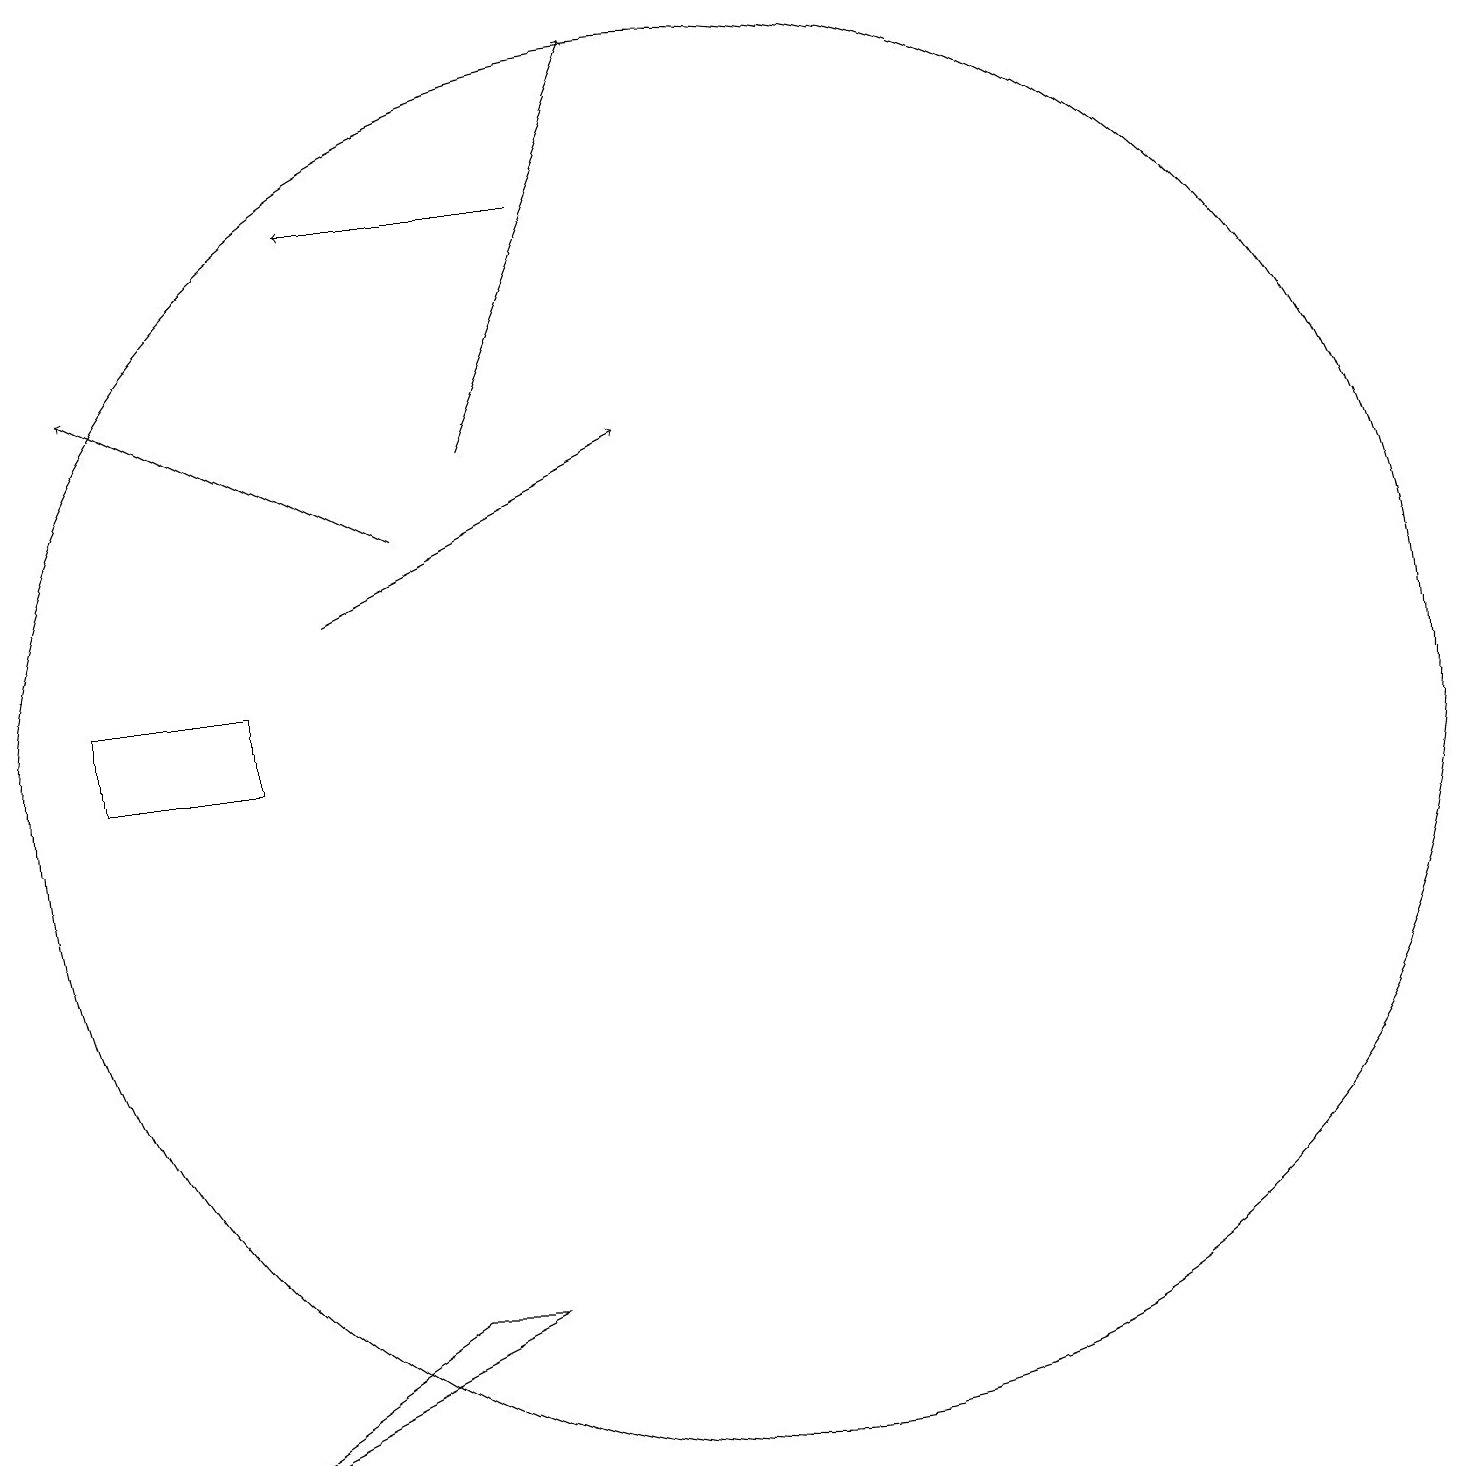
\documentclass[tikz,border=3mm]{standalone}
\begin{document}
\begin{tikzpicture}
\draw (10,10) circle (9);
\draw[->] (7,14) -- (9,19);
\draw (2,11) rectangle (4,10);
\draw (7,3) -- (3,1) -- (6,3) -- cycle;
\draw[->] (5,12) -- (9,14);
\draw[->] (8,17) -- (5,17);
\draw[->] (6,13) -- (2,15);
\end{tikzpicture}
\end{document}